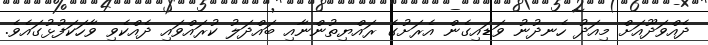
ދެއްވަދޫއަށް މިއަދު ހެނދުނު ވަޑައިގެން އެރަށުގެ ރައްޔިތުންނާއި ބައްދަލު ކުރައްވައި ދެއްކެވި ވާހަކަފުޅުގައެވެ.